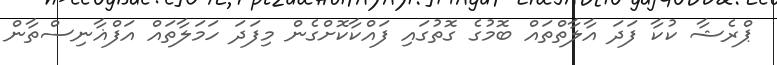
ޕްރެޝާ ކުކާ ފަދަ އާލާތްތައް ބޮމުގެ ގޮތުގައި ފައްކާކޮށްގެން މިފަދަ ހަމަލާތައް އަފްޣާނިސްތާން